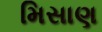
મિસાણ